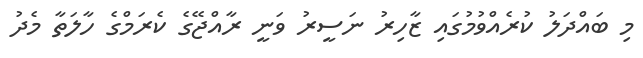
މި ބައްދަލު ކުރެއްވުމުގައި ޒާހިރު ނަސީރު ވަނީ ރާއްޖޭގެ ކެރަމްގެ ހާލަތާ މެދު